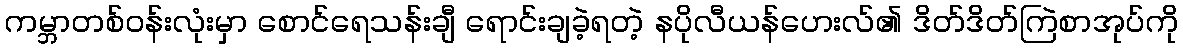
ကမ္ဘာတစ်ဝန်းလုံးမှာ စောင်ရေသန်းချီ ရောင်းချခဲ့ရတဲ့ နပိုလီယန်ဟေးလ်၏ ဒိတ်ဒိတ်ကြဲစာအုပ်ကို